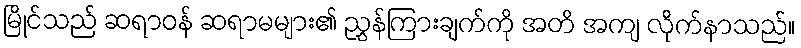
မြိုင်သည် ဆရာဝန် ဆရာမများ၏ ညွှန်ကြားချက်ကို အတိ အကျ လိုက်နာသည်။